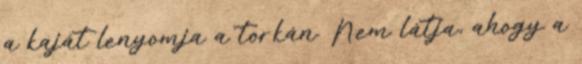
a kaját lenyomja a torkán. Nem látja, ahogy a